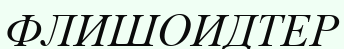
ФЛИШОИДТЕР